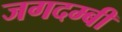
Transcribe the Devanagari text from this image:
जगदम्बी